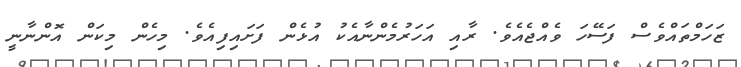
ޒަހަމްތައްވެސް ފަސޭހަ ވެއްޖެއެވެ. ރާއި އަހަރުމެންނާއެކު އުޅެން ފަށައިފިއެވެ. މިހެން މިކަން އޮންނާނީ